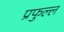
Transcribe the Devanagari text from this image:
प्रफुल्‍ल